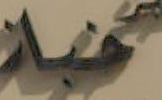
نبار